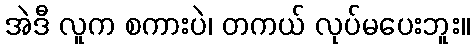
အဲဒီ လူက စကားပဲ၊ တကယ် လုပ်မပေးဘူး။